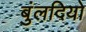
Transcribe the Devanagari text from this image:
बुंलदियो